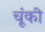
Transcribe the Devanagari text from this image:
चूंकी